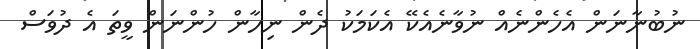
ނުބުނާނަން އެހެންނެއް ނުވާނެއެކޭ އެކަމަކު ދެން ނިހާން ހުންނަން ވީތަ އެ ދުވަސް